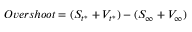
\begin{array} { r } { O v e r s h o o t = ( S _ { t ^ { * } } + V _ { t ^ { * } } ) - ( S _ { \infty } + V _ { \infty } ) } \end{array}